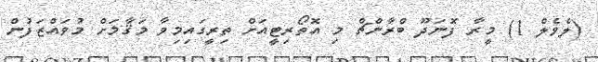
(ލެވެލް 1) މީރާ ފޮނަދޫ ބްރާންޗް މި އޮތޯރިޓީއަށް ތިރީގައިމިވާ މަޤާމަށް މުވައްޒަފުން